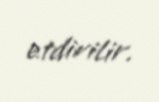
etdirilir.